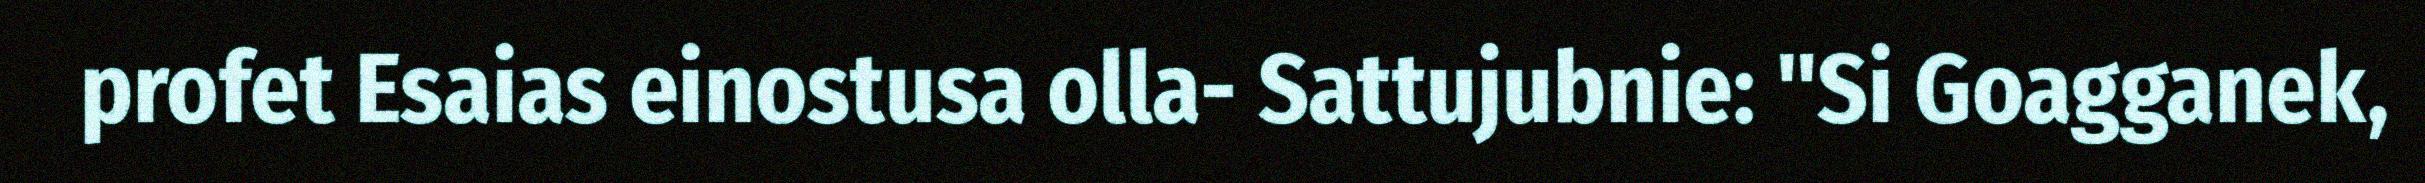
profet Esaias einostusa olla- Sattujubnie: "Si Goagganek,